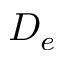
D _ { e }